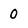
Character: O